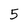
Character: 5